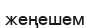
жеңешем